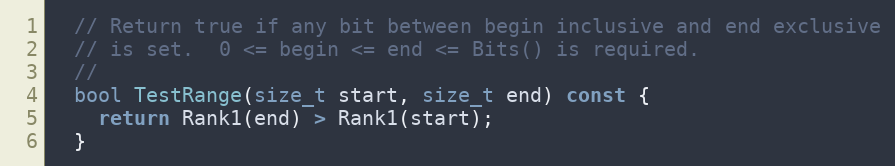
Language: C
  // Return true if any bit between begin inclusive and end exclusive
  // is set.  0 <= begin <= end <= Bits() is required.
  //
  bool TestRange(size_t start, size_t end) const {
    return Rank1(end) > Rank1(start);
  }